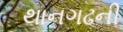
થાનગઢની